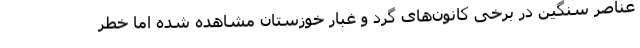
عناصر سنگین در برخی کانون‌های گرد و غبار خوزستان مشاهده شده اما خطر